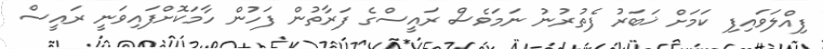
ފިއްލަވައިފި ކަމަށް ޚަބަރު ފެތުރުނު ނަމަވެސް ރައީސްގެ ފަރާތުން ފަހުން ހާމަކޮށްފައިވަނީ ރައީސް